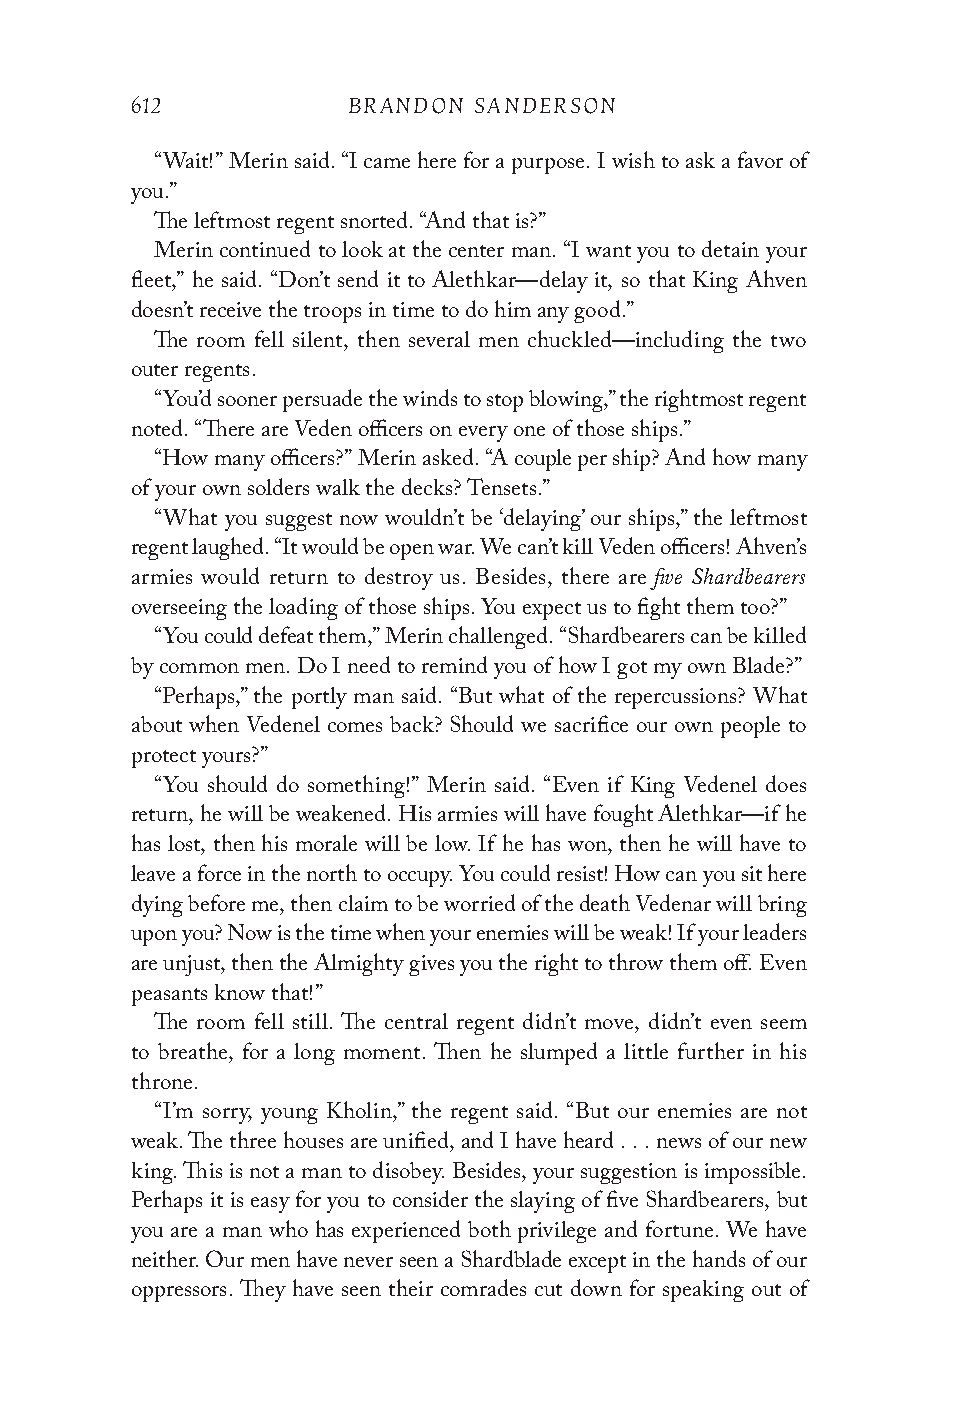
612           BRANDON SANDERSON
 “Wait!” Merin said. “I came here for a purpose. I wish to ask a favor of
 you.”
 The leftmost regent snorted. “And that is?”
 Merin continued to look at the center man. “I want you to detain your
 fleet,” he said. “Don’t send it to Alethkar—delay it, so that King Ahven
 doesn’t receive the troops in time to do him any good.”
 The room fell silent, then several men chuckled—including the two
 outer regents.
 “You’d sooner persuade the winds to stop blowing,” the rightmost regent
 noted. “There are Veden officers on every one of those ships.”
 “How many officers?” Merin asked. “A couple per ship? And how many
 of your own solders walk the decks? Tensets.”
 “What you suggest now wouldn’t be ‘delaying’ our ships,” the leftmost
 regent laughed. “It would be open war. We can’t kill Veden officers! Ahven’s
 five Shardbearers
 armies would return to destroy us. Besides, there are
 overseeing the loading of those ships. You expect us to fight them too?”
 “You could defeat them,” Merin challenged. “Shardbearers can be killed
 by common men. Do I need to remind you of how I got my own Blade?”
 “Perhaps,” the portly man said. “But what of the repercussions? What
 about when Vedenel comes back? Should we sacrifice our own people to
 protect yours?”
 “You should do something!” Merin said. “Even if King Vedenel does
 return, he will be weakened. His armies will have fought Alethkar—if he
 has lost, then his morale will be low. If he has won, then he will have to
 leave a force in the north to occupy. You could resist! How can you sit here
 dying before me, then claim to be worried of the death Vedenar will bring
 upon you? Now is the time when your enemies will be weak! If your leaders
 are unjust, then the Almighty gives you the right to throw them off. Even
 peasants know that!”
 The room fell still. The central regent didn’t move, didn’t even seem
 to breathe, for a long moment. Then he slumped a little further in his
 throne.
 “I’m sorry, young Kholin,” the regent said. “But our enemies are not
 weak. The three houses are unified, and I have heard . . . news of our new
 king. This is not a man to disobey. Besides, your suggestion is impossible.
 Perhaps it is easy for you to consider the slaying of five Shardbearers, but
 you are a man who has experienced both privilege and fortune. We have
 neither. Our men have never seen a Shardblade except in the hands of our
 oppressors. They have seen their comrades cut down for speaking out of